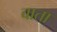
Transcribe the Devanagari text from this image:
बाता